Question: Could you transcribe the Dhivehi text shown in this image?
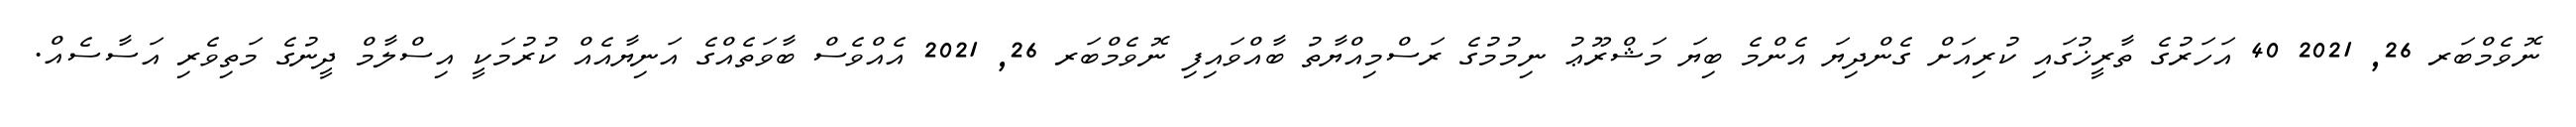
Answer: ނޮވެމްބަރ 26, 2021 40 އަހަރުގެ ތާރީޚުގައި ކުރިއަށް ގެންދިޔަ އެންމެ ބިޔަ މަޝްރޫޢު ނިމުމުގެ ރަސްމިއްޔާތު ބާއްވައިފި ނޮވެމްބަރ 26, 2021 އެއްވެސް ބާވަތެއްގެ އަނިޔާއެއް ކުރުމަކީ އިސްލާމް ދީނުގެ މަތިވެރި އަސާސެއް.